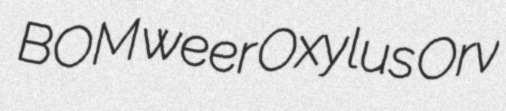
BOM weer Oxylus Orv